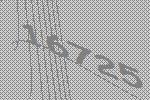
16725